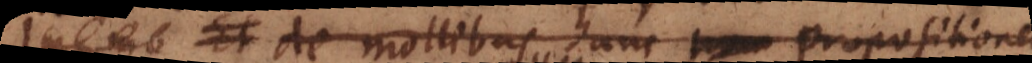
mo Et de mollibus hanc propositione